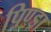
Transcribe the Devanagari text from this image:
पिण्‍ड्रा